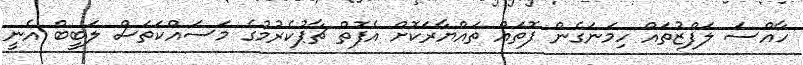
ހާއްސަ ލަފްޒުތައް ހިމަނަގެން ފޮތައް ތައްޔާރަކޮށް އެފޮތް ޗާޕުކެރުމުގެ މަސައްކަތަސް ލަބީބް އެނީ